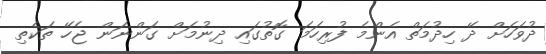
ދުވަހަށް ދޭ ހިދުމަތް އެންމެ ފުރިހަމަ ގޮތުގައި ދިނުމަށް ގަންނަން ޖެހޭ ތަކެތި